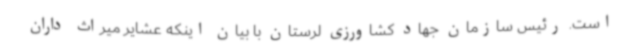
است. رئیس سازمان جهاد کشاورزی لرستان با بیان اینکه عشایر میراث‌ داران